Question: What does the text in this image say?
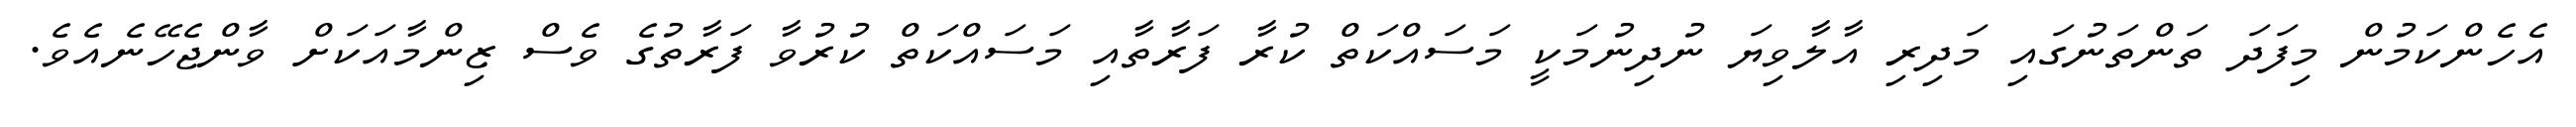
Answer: އެހެންކަމުން މިފަދަ ތަންތަނުގައި މަދިރި އާލާވިޔަ ނުދިނުމަކީ މަސައްކަތް ކުރާ ފަރާތާއި މަސައްކަތް ކުރުވާ ފަރާތުގެ ވެސް ޒިންމާއަކަށް ވާންޖެހޭނެއެވެ.